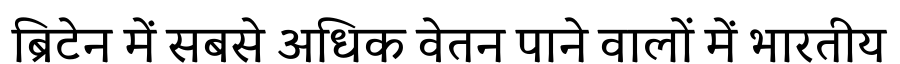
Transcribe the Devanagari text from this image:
ब्रिटेन में सबसे अधिक वेतन पाने वालों में भारतीय